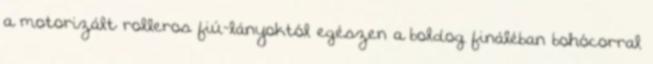
a motorizált rolleros fiú-lányoktól egészen a boldog fináléban bohócorral